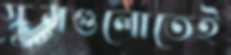
স্কুলগুলোতেই